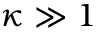
\kappa \gg 1